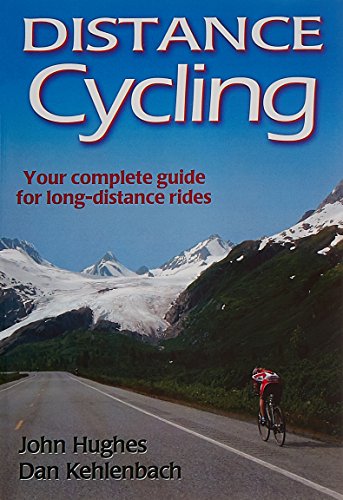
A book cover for Distance Cycling; John Hughes; Health, Fitness & Dieting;